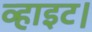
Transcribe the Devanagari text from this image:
व्हाइट।